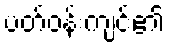
ပတ်ဝန်းကျင်၏